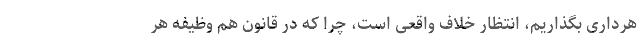
هرداری بگذاریم، انتظار خلاف واقعی است، چرا که در قانون هم وظیفه هر